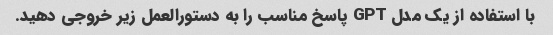
با استفاده از یک مدل GPT پاسخ مناسب را به دستورالعمل زیر خروجی دهید.